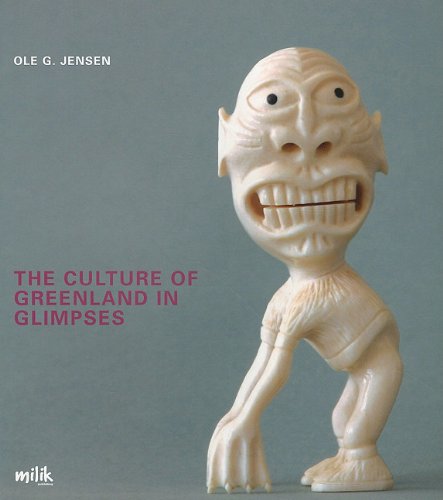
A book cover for The Culture of Greenland in Glimpses; Bo Jensen; History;